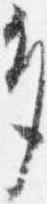
多